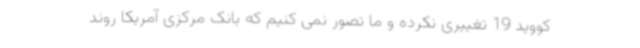
کووید 19 تغییری نکرده و ما تصور نمی کنیم که بانک مرکزی آمریکا روند